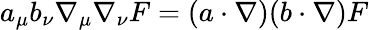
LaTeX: a_{\mu}b_{\nu}\nabla_{\mu}\nabla_{\nu}F=(a\cdot\nabla)(b\cdot\nabla)F